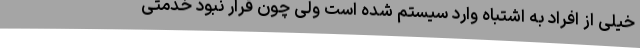
خیلی از افراد به اشتباه وارد سیستم شده است ولی چون قرار نبود خدمتی